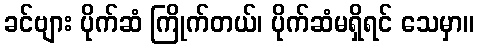
ခင်ဗျား ပိုက်ဆံ ကြိုက်တယ်၊ ပိုက်ဆံမရှိရင် သေမှာ။